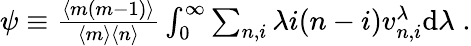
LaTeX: \begin{array}{r}{\psi\equiv\frac{\langle m(m-1)\rangle}{\langle m\rangle\langle n\rangle}\int_{0}^{\infty}\sum_{n,i}\lambda i(n-i)v_{n,i}^{\lambda}\mathrm{d}\lambda\; .}\end{array}